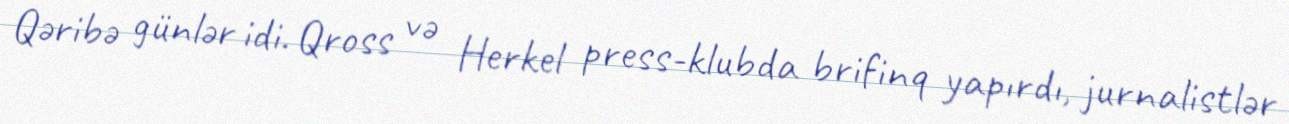
Qəribə günlər idi. Qross və Herkel press-klubda brifinq yapırdı, jurnalistlər